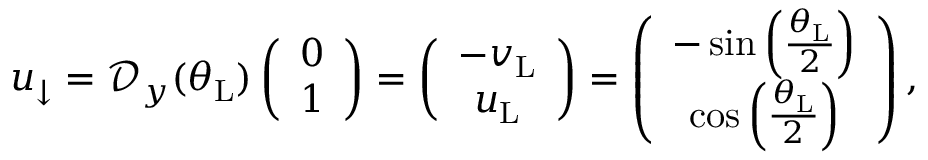
\begin{array} { r } { u _ { \downarrow } = \mathcal { D } _ { y } ( \theta _ { \mathrm { L } } ) \left( \begin{array} { c } { 0 } \\ { 1 } \end{array} \right) = \left( \begin{array} { c } { - v _ { \mathrm { L } } } \\ { u _ { \mathrm { L } } } \end{array} \right) = \left( \begin{array} { c c } { - \sin \left( \frac { \theta _ { \mathrm { L } } } { 2 } \right) } \\ { \cos \left( \frac { \theta _ { \mathrm { L } } } { 2 } \right) } \end{array} \right) , } \end{array}